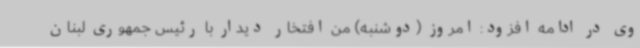
وی در ادامه افزود: امروز (دوشنبه) من افتخار دیدار با رئیس جمهوری لبنان